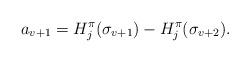
LaTeX: \begin{align*}a_{v+1}=H_{{j}}^\pi(\sigma_{v+1})-H_{{j}}^\pi(\sigma_{v+2}).\end{align*}